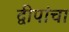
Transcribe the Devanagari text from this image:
द्वीपांचा